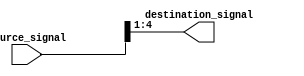
module part_select_assign (
    input [7:0] source_signal,
    output [3:0] destination_signal
);

assign destination_signal = source_signal[4:1];

endmodule